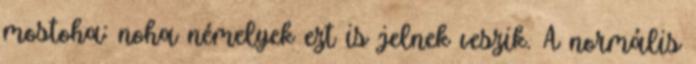
mostoha: noha némelyek ezt is jelnek veszik. A normális